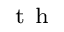
^ { \mathrm { ~ t ~ h ~ } }